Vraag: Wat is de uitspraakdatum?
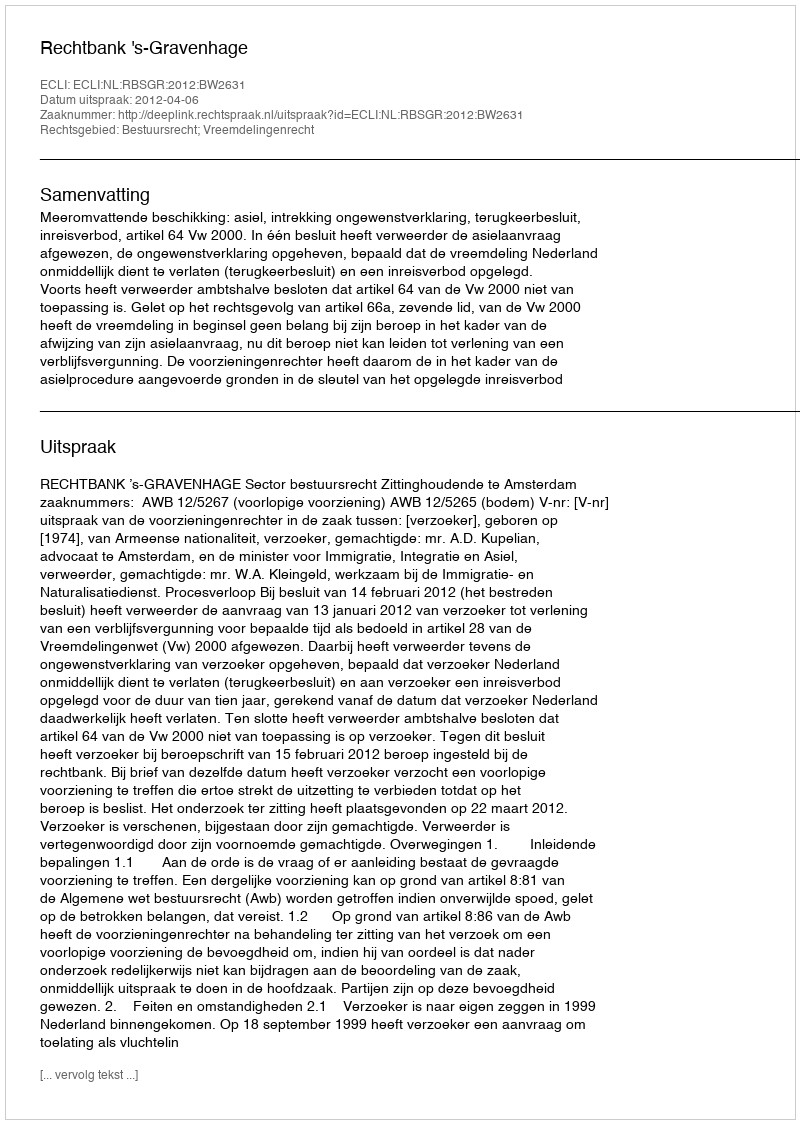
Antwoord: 2012-04-06